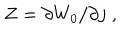
Z = \partial W _ { 0 } / \partial j \; ,